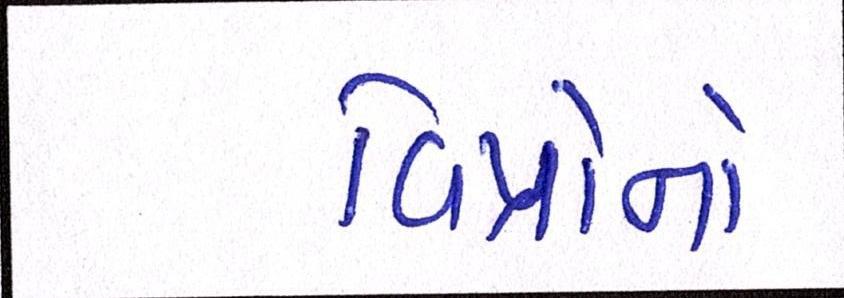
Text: વિપ્રોનો